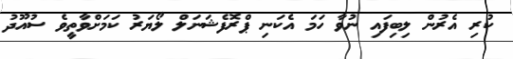
ކުރި އެރުން ލިބިފައި ނުވާ ހަމަ އެކަނި ޕްރޮފެޝަނަލް ލޯޔަރު ކަމަށްވާތީވެ ސުއޫދު